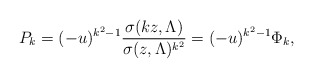
\begin{align*}P_{k} = (-u)^{k^2-1} \frac{\sigma(kz, \Lambda) }{ \sigma(z,\Lambda)^{k^2}}= (-u)^{k^2-1} \Phi_{k},\end{align*}